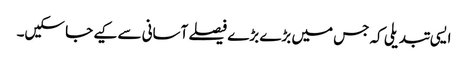
ایسی تبدیلی کہ جس میں بڑے بڑے فیصلے آسانی سے کیے جا سکیں۔